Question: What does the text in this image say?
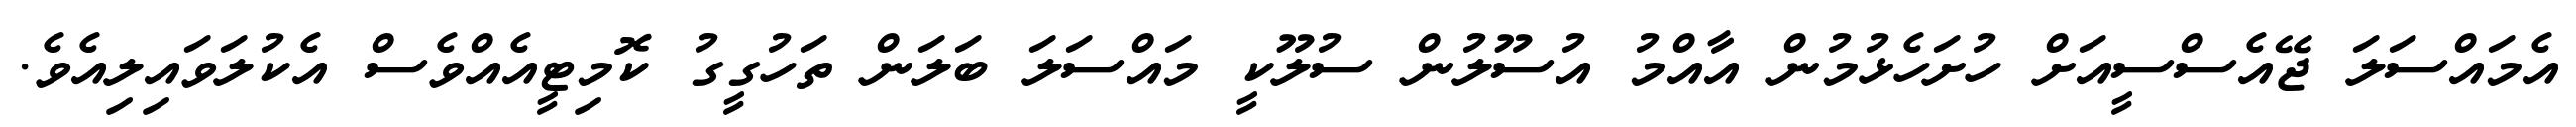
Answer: އެމައްސަލަ ޖޭއެސްސީއަށް ހުށަހެޅުމުން އާއްމު އުސޫލުން ސުލޫކީ މައްސަލަ ބަލަން ތަހުގީގު ކޮމިޓީއެއްވެސް އެކުލަވައިލިއެވެ.